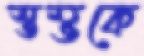
স্তম্ভকে